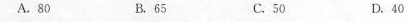
A.80 B.65 C.50 D.40